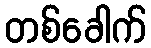
တစ်ခေါက်